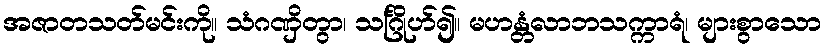
အဇာတသတ်မင်းကို။ သံဂဏှိတွာ၊ သင်္ဂြိုဟ်၍။ မဟန္တံလာဘသက္ကာရံ၊ များစွာသော